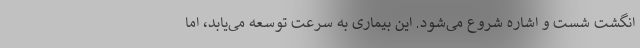
انگشت شست و اشاره شروع می‌شود. این بیماری به سرعت توسعه می‌یابد، اما